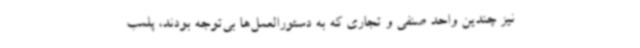
نیز چندین واحد صنفی و تجاری که به دستورالعمل‌ها بی‌توجه بودند، پلمب